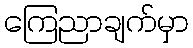
ကြေညာချက်မှာ